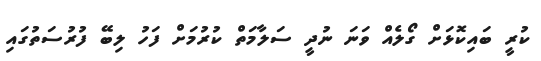
ކުރީ ބައިކޮޅަށް ގޯލެއް ވަނަ ނުދީ ސަލާމަތް ކުރުމަށް ފަހު ލިބޭ ފުރުސަތުގައި